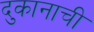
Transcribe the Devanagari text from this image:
दुकानाची